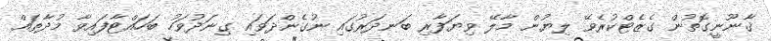
ޤާނޫނީގޮތުން ގެޒެޓްކުރެވޭ ލިޔުން މާލޭ ވިޔަފާރި ބަނދަރުގައި ނުގެންދަވައި ގިނަދުވަހު ބަހައްޓާފައިވާ މުދާތައް